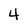
Character: 4